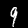
Label: 9